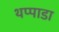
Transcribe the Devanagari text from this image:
थप्पाडा